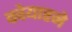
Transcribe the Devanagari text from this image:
क्वेयारने